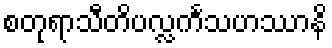
စတုရာသီတိပလ္လင်္ကသဟဿာနိ